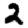
Digit: 2